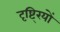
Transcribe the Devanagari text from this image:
दृष्टि्रयों